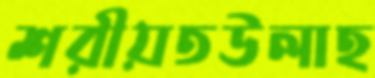
শরীয়তউলাহ